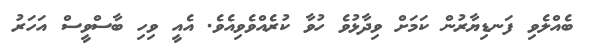
ބެއްލެވި ފަނޑިޔާރުން ކަމަށް ވިދާޅުވެ ހުވާ ކުރެއްވެވިއެވެ. އެއީ ވިހި ބާސްވީސް އަހަރު